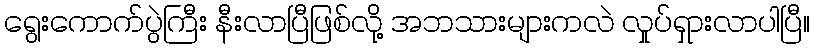
ရွေးကောက်ပွဲကြီး နီးလာပြီဖြစ်လို့ အဘသားများကလဲ လှုပ်ရှားလာပါပြီ။